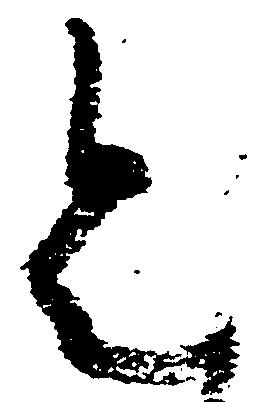
令